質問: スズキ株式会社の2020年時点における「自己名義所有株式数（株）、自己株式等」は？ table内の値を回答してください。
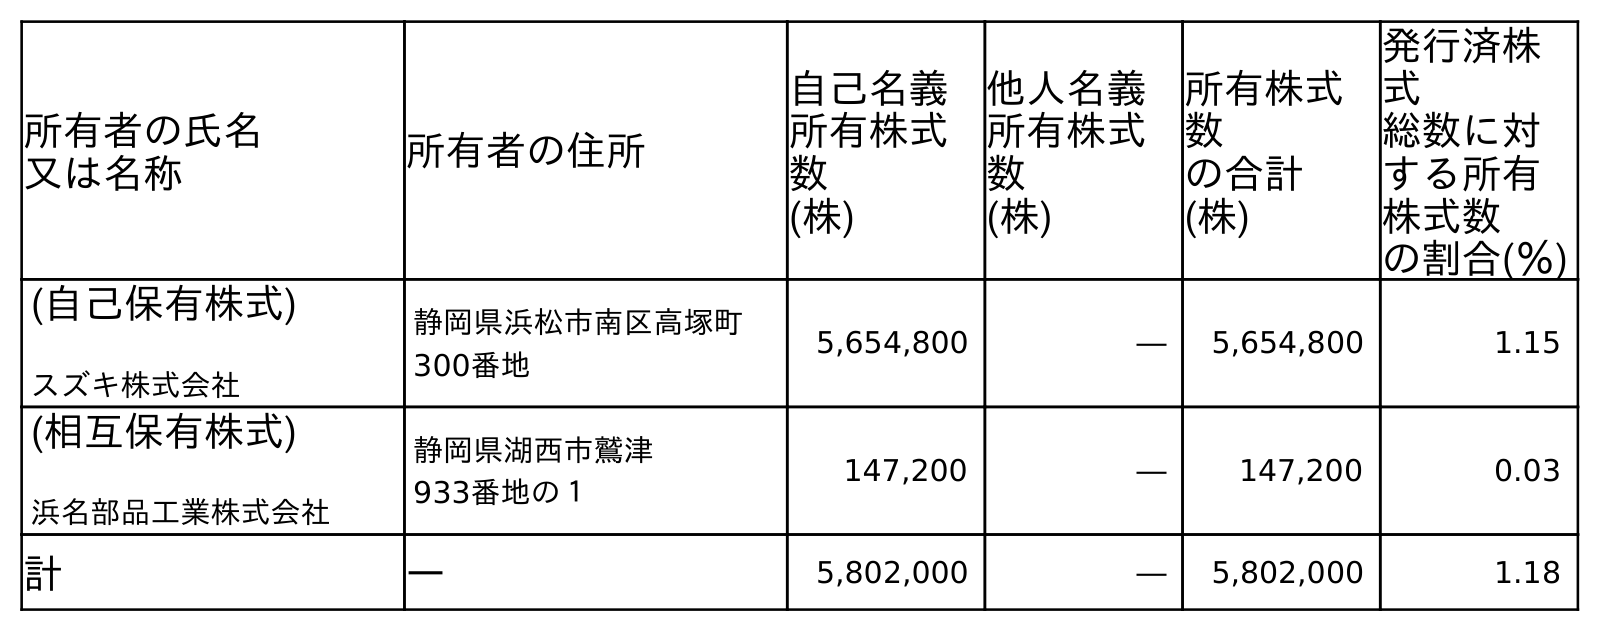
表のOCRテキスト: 所有者の氏名 又は名称 所有者の住所 自己名義 所有株式 数 (株) 他人名義 所有株式 数 (株) 所有株式 数 の合計 (株) 発行済株 式 総数に対 する所有 株式数 の割合(％) (自己保有株式) スズキ株式会社 静岡県浜松市南区高塚町 300番地 5,654,800 ― 5,654,800 1.15 (相互保有株式) 浜名部品工業株式会社 静岡県湖西市鷲津 933番地の１ 147,200 ― 147,200 0.03 計 ― 5,802,000 ― 5,802,000 1.18
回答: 5,802,000